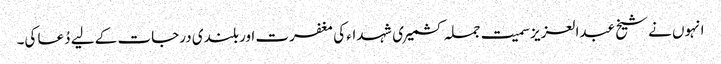
انہوں نے شیخ عبدالعزیزسمیت جملہ کشمیری شہداء کی مغفرت اور بلندی درجات کے لیے دُعا کی۔